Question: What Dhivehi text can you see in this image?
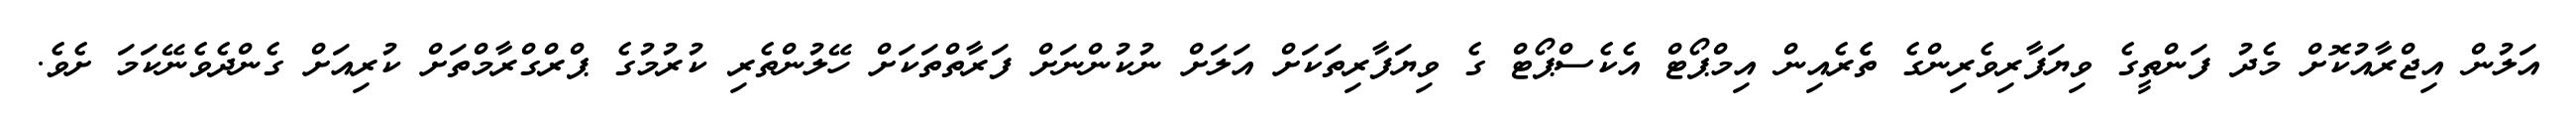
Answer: އަލުން އިޖްރާއުކޮށް މެދު ފަންތީގެ ވިޔަފާރިވެރިންގެ ތެެރެއިން އިމްޕޯޓް އެކެސްޕޯޓް ގެ ވިޔަފާރިތަކަށް އަލަށް ނުކުންނަށް ފަރާތްތަކަށް ހޭލުންތެރި ކުރުމުގެ ޕްރްގްރާމްތަށް ކުރިއަށް ގެންދެވެނޭކަމަ ށެވެ.